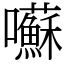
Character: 囌